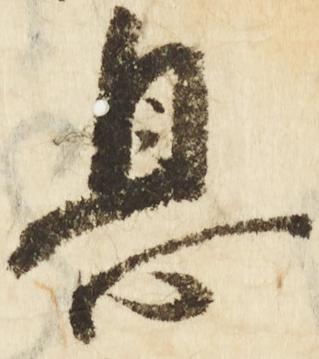
息